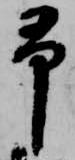
予